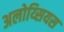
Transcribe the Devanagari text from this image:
अलोय्सियस